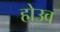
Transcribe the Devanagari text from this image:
होउव